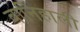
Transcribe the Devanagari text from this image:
बानिहाली